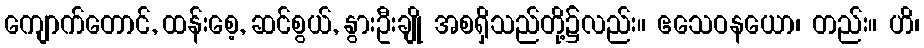
ကျောက်တောင်, ထန်းစေ့, ဆင်စွယ်, နွားဦးချို အစရှိသည်တို့၌လည်း။ ဧသေဝနယော၊ တည်း။ ဟိ၊